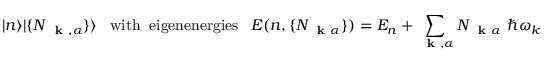
| n \rangle | \{ N _ { \mathrm { ~ \bf ~ k ~ } , \alpha } \} \rangle \; \; \; \mathrm { w i t h \; \; e i g e n e n e r g i e s } \; \; \; E ( n , \{ N _ { \mathrm { ~ \bf ~ k ~ } \alpha } \} ) = E _ { n } + \sum _ { \mathrm { ~ \bf ~ k ~ } , \alpha } N _ { \mathrm { ~ \bf ~ k ~ } \alpha } \; \hbar \omega _ { k }